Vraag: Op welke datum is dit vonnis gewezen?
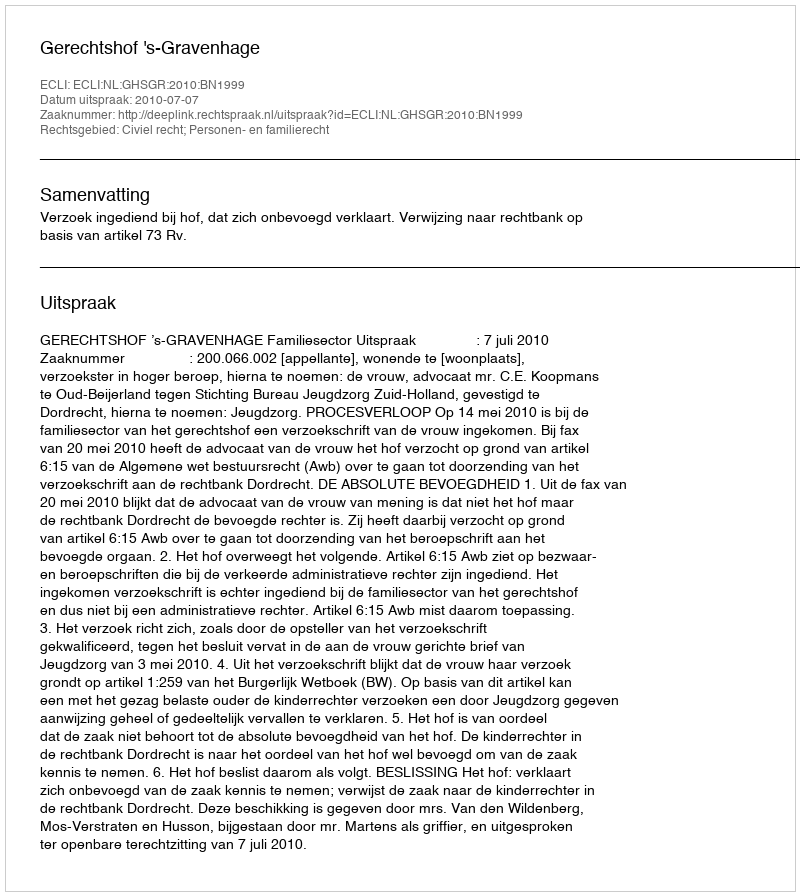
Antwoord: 2010-07-07